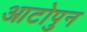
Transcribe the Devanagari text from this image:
आटोपुन